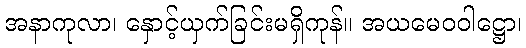
အနာကုလာ၊ နှောင့်ယှက်ခြင်းမရှိကုန်။ အယမေဝဝါဋ္ဌော၊